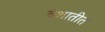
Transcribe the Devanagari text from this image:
देशातीत